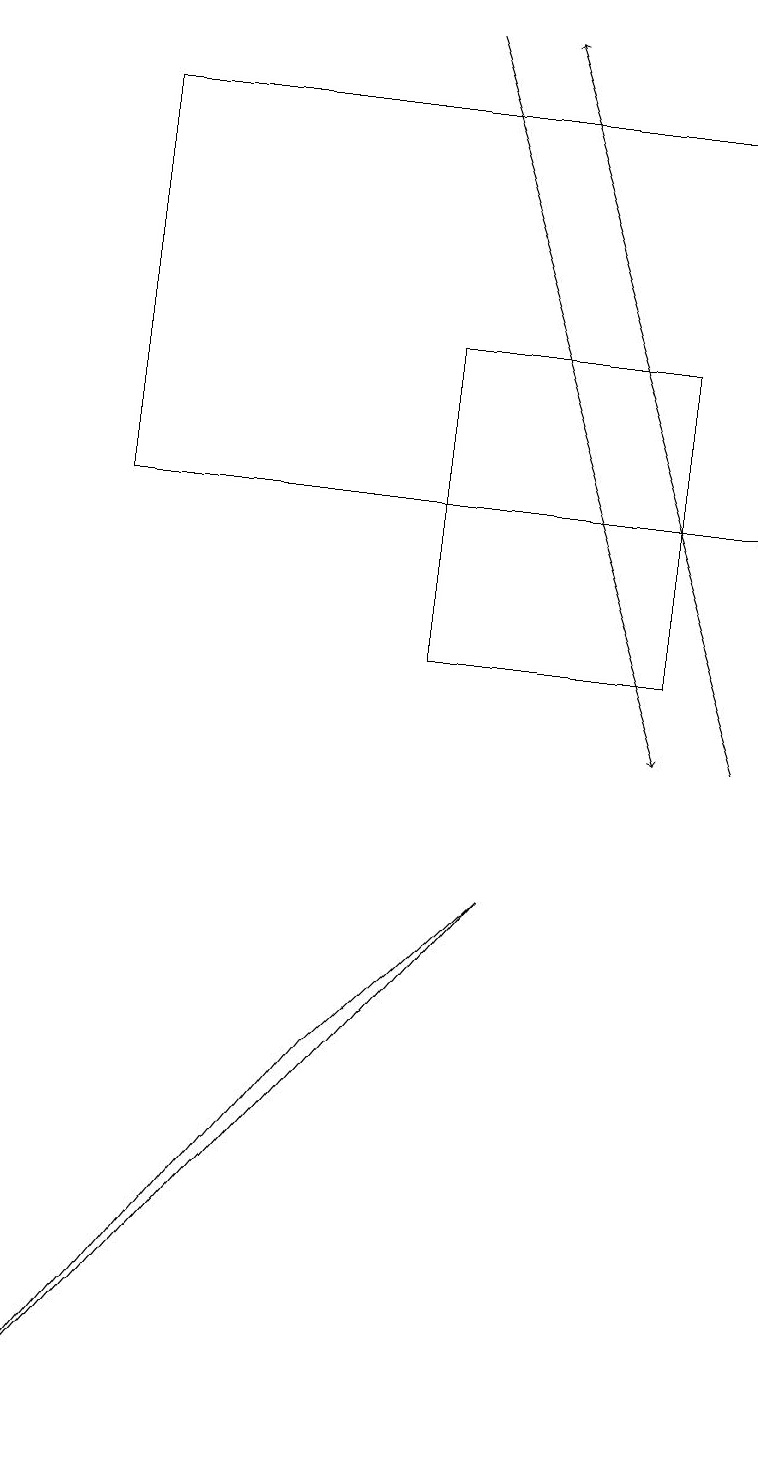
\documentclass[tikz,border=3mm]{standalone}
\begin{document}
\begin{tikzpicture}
\draw (6,8) -- (4,6) -- (0,1) -- cycle;
\draw[->] (9,10) -- (6,19);
\draw[->] (5,19) -- (8,10);
\draw (8,11) rectangle (5,15);
\draw (1,18) rectangle (9,13);
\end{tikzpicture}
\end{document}